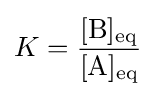
K={\frac {[{\mathrm {B} }]_{\text{eq}}}{[{\mathrm {A} }]_{\text{eq}}}}